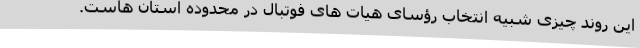
این روند چیزی شبیه انتخاب رؤسای هیات های فوتبال در محدوده استان هاست.